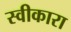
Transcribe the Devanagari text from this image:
स्‍वीकारा